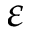
\varepsilon